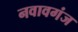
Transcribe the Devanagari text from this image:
नवावगंज